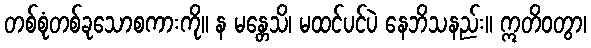
တစ်စုံတစ်ခုသောစကားကို။ န မန္တေသိ၊ မထင်ပင်ပဲ နေဘိသနည်း။ ဣတိဝတွာ၊